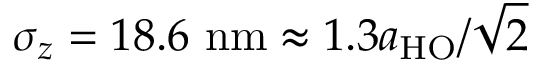
\sigma _ { z } = 1 8 . 6 ~ \mathrm { n m } \approx 1 . 3 a _ { \mathrm { { H O } } } / \sqrt { 2 }